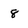
Character: 8